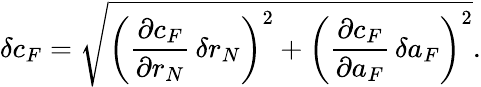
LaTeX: \delta c_{F}=\sqrt{\bigg(\frac{\partial c_{F}}{\partial r_{N}}\, \delta r_{N}\bigg)^{2}+\bigg(\frac{\partial c_{F}}{\partial a_{F}}\, \delta a_{F}\bigg)^{2}}.